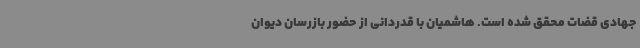
جهادی قضات محقق شده است. هاشمیان با قدردانی از حضور بازرسان دیوان